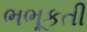
ભભૂકતી